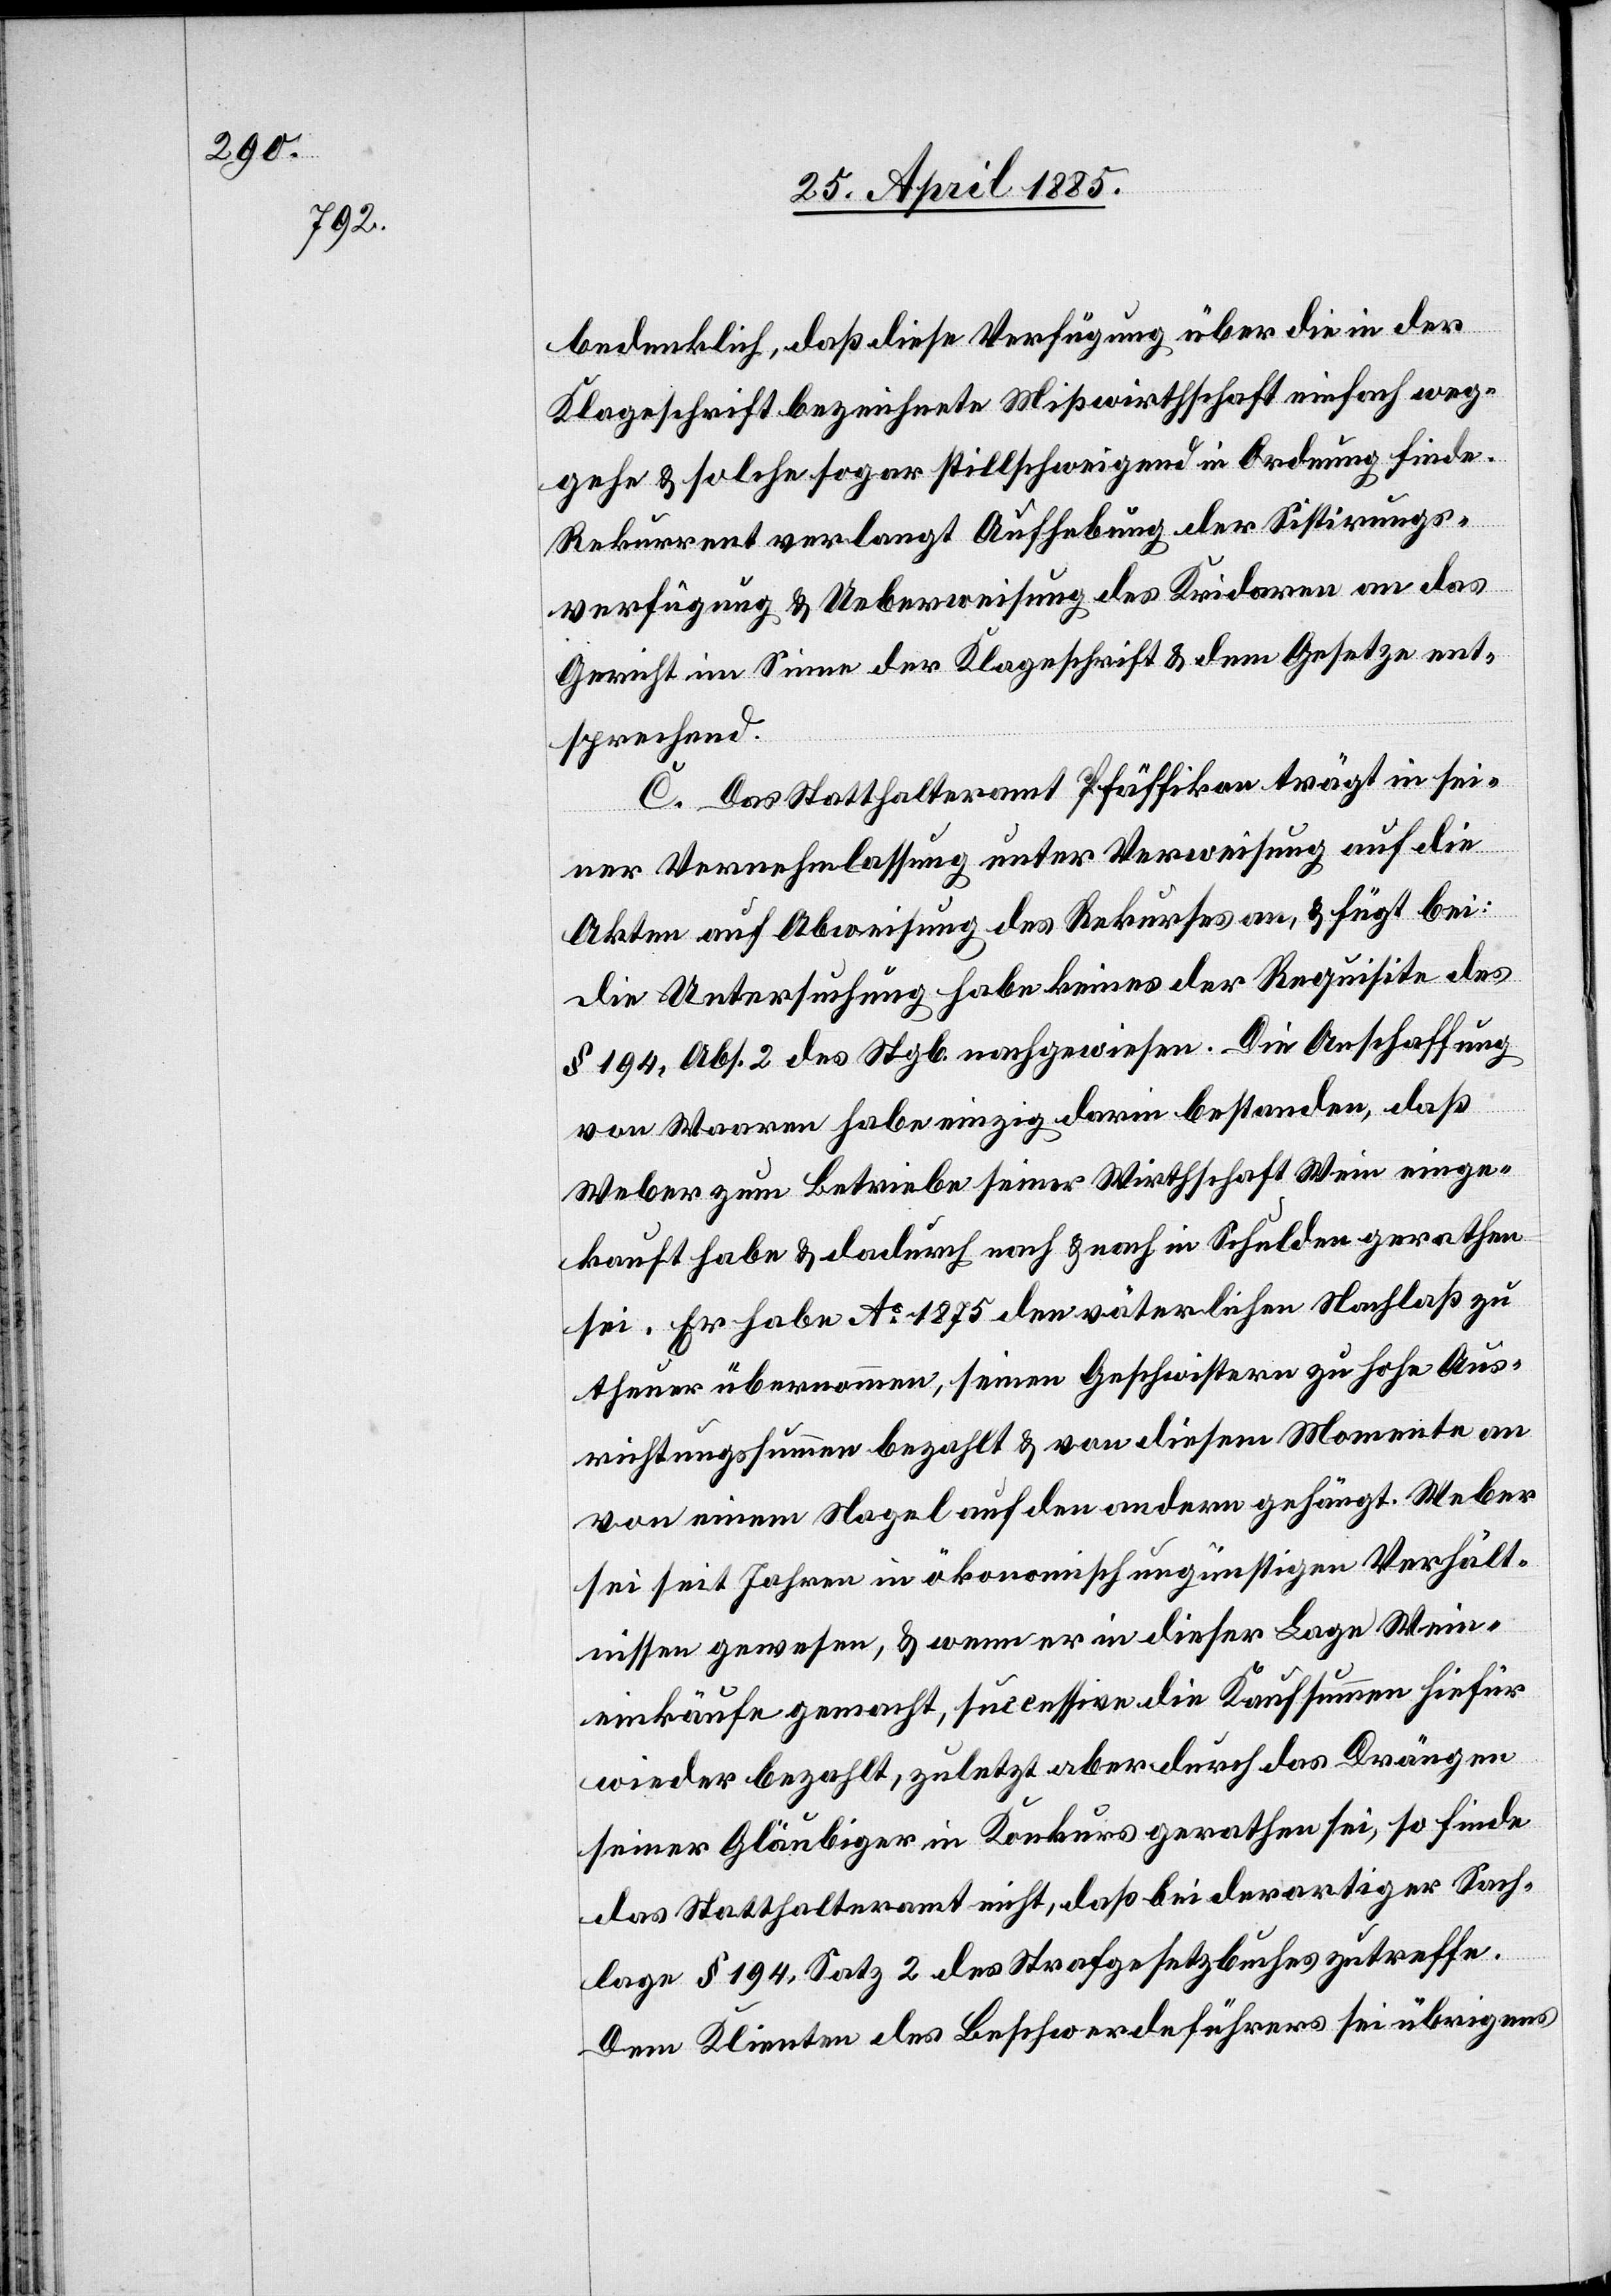
bedenklich, daß diese Verfügung über die in der
Klageschrift bezeichnete Mißwirthschaft einfach weg¬
gehe & solche sogar stillschweigend in Ordnung finde.
Rekurrent verlangt Aufhebung der Sistirungs¬
verfügung & Ueberweisung des Kridaren an das
Gericht im Sinne der Klageschrift & dem Gesetze ent¬
sprechend.
C. Das Statthalteramt Pfäffikon trägt in sei¬
ner Vernehmlassung unter Verweisung auf die
Akten auf Abweisung des Rekurses an, & fügt bei:
die Untersuchung habe keines der Requisite des
§ 194, Abs. 2 des Stgb. nachgewiesen. Die Anschaffung
von Waaren habe einzig darin bestanden, daß
Weber zum Betriebe seiner Wirthschaft Wein einge¬
kauft habe & dadurch nach & nach in Schulden gerathen
sei. Er habe Ao 1875 den väterlichen Nachlaß zu
theuer übernommen, seinen Geschwistern zu hohe Aus¬
richtungssummen bezahlt & von diesem Momente an
von einem Nagel auf den andern gehängt. Weber
sei seit Jahren in ökonomisch ungünstigen Verhält¬
nissen gewesen, & wenn er in dieser Lage Wein¬
einkäufe gemacht, successive die Kaufsumme hiefür
wieder bezahlt, zuletzt aber durch das Drängen
seiner Gläubiger in Konkurs gerathen sei, so finde
das Statthalteramt nicht, daß bei derartiger Sach¬
lage § 194, Satz 2 des Strafgesetzbuches zutreffe.
Dem Klienten des Beschwerdeführers sei übrigens